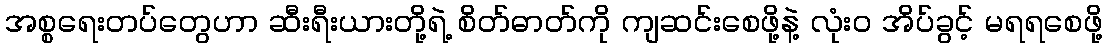
အစ္စရေးတပ်တွေဟာ ဆီးရီးယားတို့ရဲ့ စိတ်ဓာတ်ကို ကျဆင်းစေဖို့နဲ့ လုံး၀ အိပ်ခွင့် မရရစေဖို့